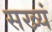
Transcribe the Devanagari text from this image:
सख्यं